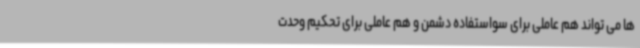
ها می تواند هم عاملی برای سواستفاده دشمن و هم عاملی برای تحکیم وحدت